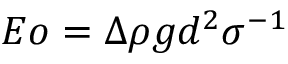
E o = \Delta \rho g d ^ { 2 } \sigma ^ { - 1 }